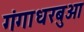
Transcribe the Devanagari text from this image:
गंगाधरबुआ